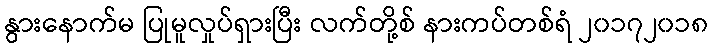
နွားနောက်မ ပြုမူလှုပ်ရှားပြီး လက်တို့စ် နားကပ်တစ်ရံ ၂၀၁၇၂၀၁၈